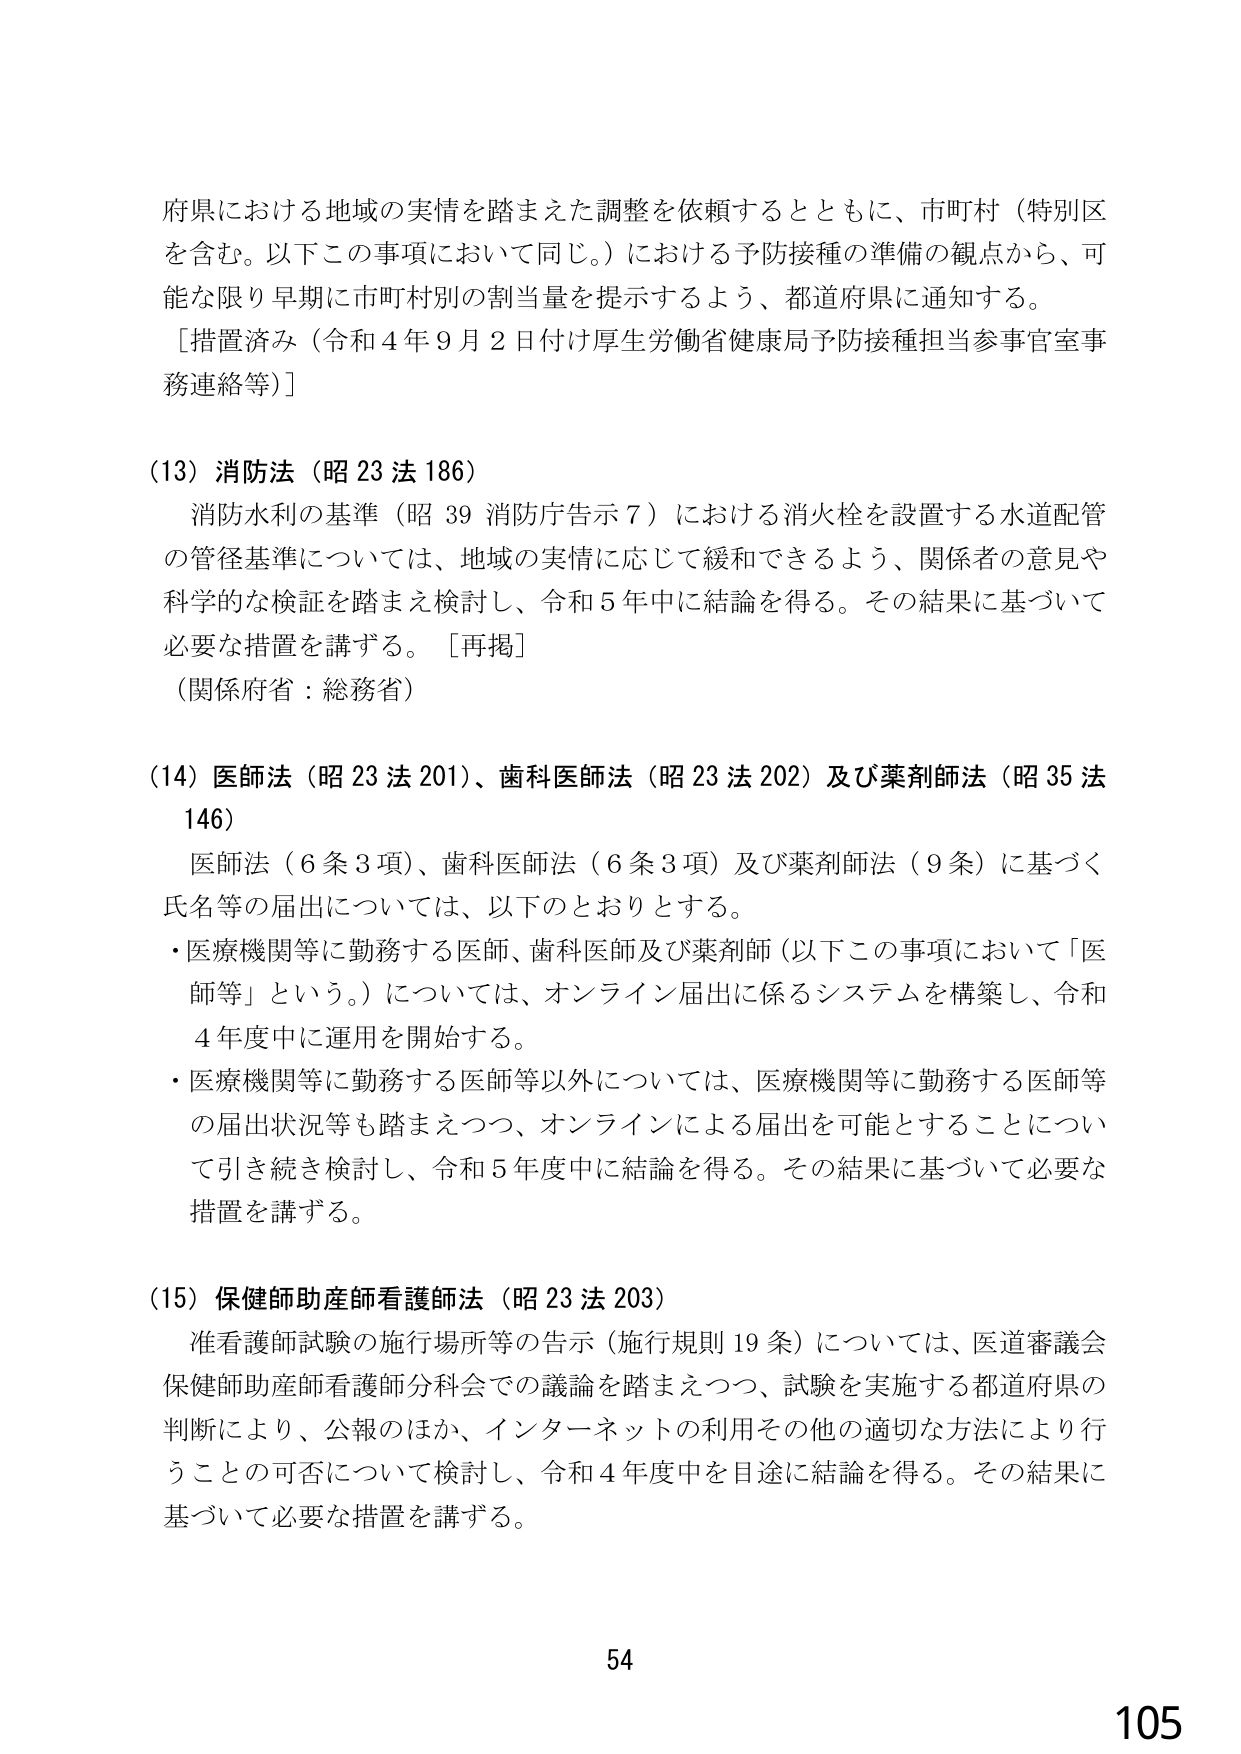
府県における地域の実情を踏まえた調整を依頼するとともに、市町村（特別区を含む。以下この事項において同じ。）における予防接種の準備の観点から、可能な限り早期に市町村別の割当量を提示するよう、都道府県に通知する。
［措置済み（令和４年９月２日付け厚生労働省健康局予防接種担当参事官室事務連絡等）］

(13) 消防法（昭23法186）
　消防水利の基準（昭39消防庁告示7）における消火栓を設置する水道配管の管径基準については、地域の実情に応じて緩和できるよう、関係者の意見や科学的な検証を踏まえ検討し、令和5年中に結論を得る。その結果に基づいて必要な措置を講ずる。［再掲］
（関係府省：総務省）

(14) 医師法（昭23法201）、歯科医師法（昭23法202）及び薬剤師法（昭35法146）
　医師法（6条3項）、歯科医師法（6条3項）及び薬剤師法（9条）に基づく氏名等の届出については、以下のとおりとする。
・医療機関等に勤務する医師、歯科医師及び薬剤師（以下この事項において「医師等」という。）については、オンライン届出に係るシステムを構築し、令和4年度中に運用を開始する。
・医療機関等に勤務する医師等以外については、医療機関等に勤務する医師等の届出状況等も踏まえつつ、オンラインによる届出を可能とすることについて引き続き検討し、令和5年度中に結論を得る。その結果に基づいて必要な措置を講ずる。

(15) 保健師助産師看護師法（昭23法203）
　准看護師試験の施行場所等の告示（施行規則19条）については、医道審議会保健師助産師看護師分科会での議論を踏まえつつ、試験を実施する都道府県の判断により、公報のほか、インターネットの利用その他の適切な方法により行うことの可否について検討し、令和4年度中を目途に結論を得る。その結果に基づいて必要な措置を講ずる。

54
105